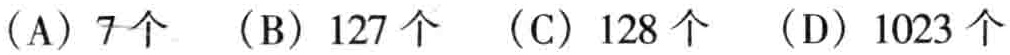
（A）7个 （B）127个 （C）128个 （D）1023个